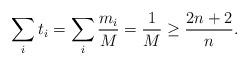
LaTeX: \begin{align*}\sum\limits_i t_i=\sum\limits_{i}\frac{m_i}{M}=\frac{1}{M}\geq \frac{2n+2}{n}.\end{align*}